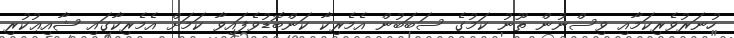
ހުނަރުވެރިކަމާއި ވިސްނުން ތޫނު ކަމުގެ ސަބަބުން އެމެރިކާ ކަންބޮޑުވެފައިވާ ކަމަށް އެމެރިކާގައި ޝާއިޢުކުރި